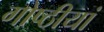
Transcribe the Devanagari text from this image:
गोष्ठीयां